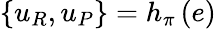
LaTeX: \left\{ u_{R},u_{P}\right\} =h_{\pi}\left(e\right)